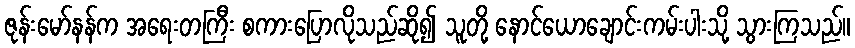
ဇုန်းမော်နန်က အရေးတကြီး စကားပြောလိုသည်ဆို၍ သူတို့ နောင်ယောချောင်းကမ်းပါးသို့ သွားကြသည်။